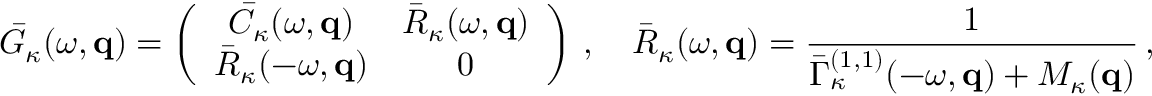
\bar { G } _ { \kappa } ( \omega , { \bf q } ) = \left( \begin{array} { c c } { \bar { C } _ { \kappa } ( \omega , { \bf q } ) } & { \bar { R } _ { \kappa } ( \omega , { \bf q } ) } \\ { \bar { R } _ { \kappa } ( - \omega , { \bf q } ) } & { 0 } \end{array} \right) \, , \quad \bar { R } _ { \kappa } ( \omega , { \bf q } ) = \frac { 1 } { \bar { \Gamma } _ { \kappa } ^ { ( 1 , 1 ) } ( - \omega , { \bf q } ) + { \cal M } _ { \kappa } ( { \bf q } ) } \, , \quad \bar { C } _ { \kappa } ( \omega , { \bf q } ) = - \frac { \bar { \Gamma } _ { \kappa } ^ { ( 0 , 2 ) } ( \omega , { \bf q } ) + { \cal N } _ { \kappa } ( { \bf q } ) } { \big | \bar { \Gamma } _ { \kappa } ^ { ( 1 , 1 ) } ( \omega , { \bf q } ) + { \cal M } _ { \kappa } ( { \bf q } ) \big | ^ { 2 } } \, .